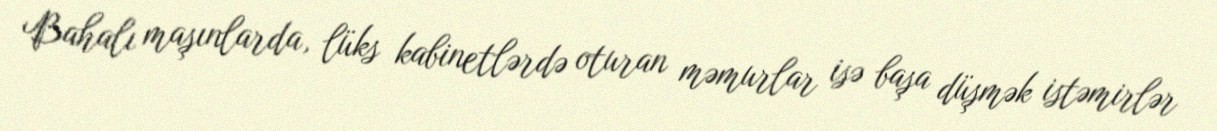
Bahalı maşınlarda, lüks kabinetlərdə oturan məmurlar isə başa düşmək istəmirlər